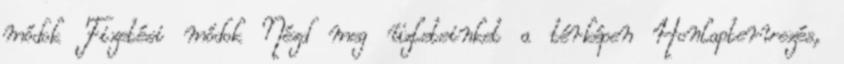
módok Fizetési módok Nézd meg üzleteinket a térképen Honlaptervezés,